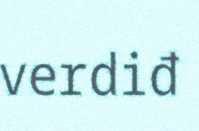
verdiđ